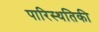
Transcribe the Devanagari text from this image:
पारिस्थतिकी